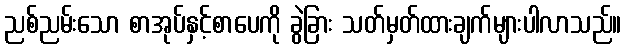
ညစ်ညမ်းသော စာအုပ်နှင့်စာပေကို ခွဲခြား သတ်မှတ်ထားချက်များပါလာသည်။